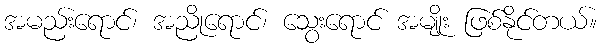
အမည်းရောင်၊ အညိုရောင်၊ သွေးရောင် အမျိုး ဖြစ်နိုင်တယ်။